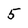
Character: 5